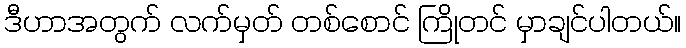
ဒီဟာအတွက် လက်မှတ် တစ်စောင် ကြိုတင် မှာချင်ပါတယ်။